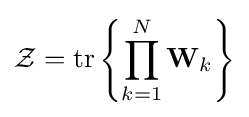
{\mathcal {Z}}=\operatorname {tr} \left\{\prod _{k=1}^{N}\mathbf {W} _{k}\right\}